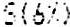
S(6%)